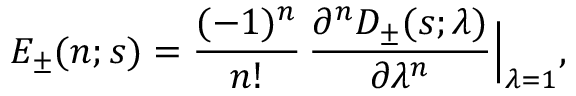
E _ { \pm } ( n ; s ) = { \frac { ( - 1 ) ^ { n } } { n ! } } \, { \frac { \partial ^ { n } D _ { \pm } ( s ; \lambda ) } { \partial \lambda ^ { n } } } \Bigr \vert _ { \lambda = 1 } ,